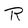
Character: R